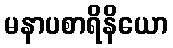
မနာပစာရိနိယော